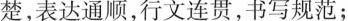
楚，表达通顺,行文连贯书写规范: